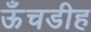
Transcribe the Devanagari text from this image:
ऊँचडीह